Juri_Uluots, lk 49
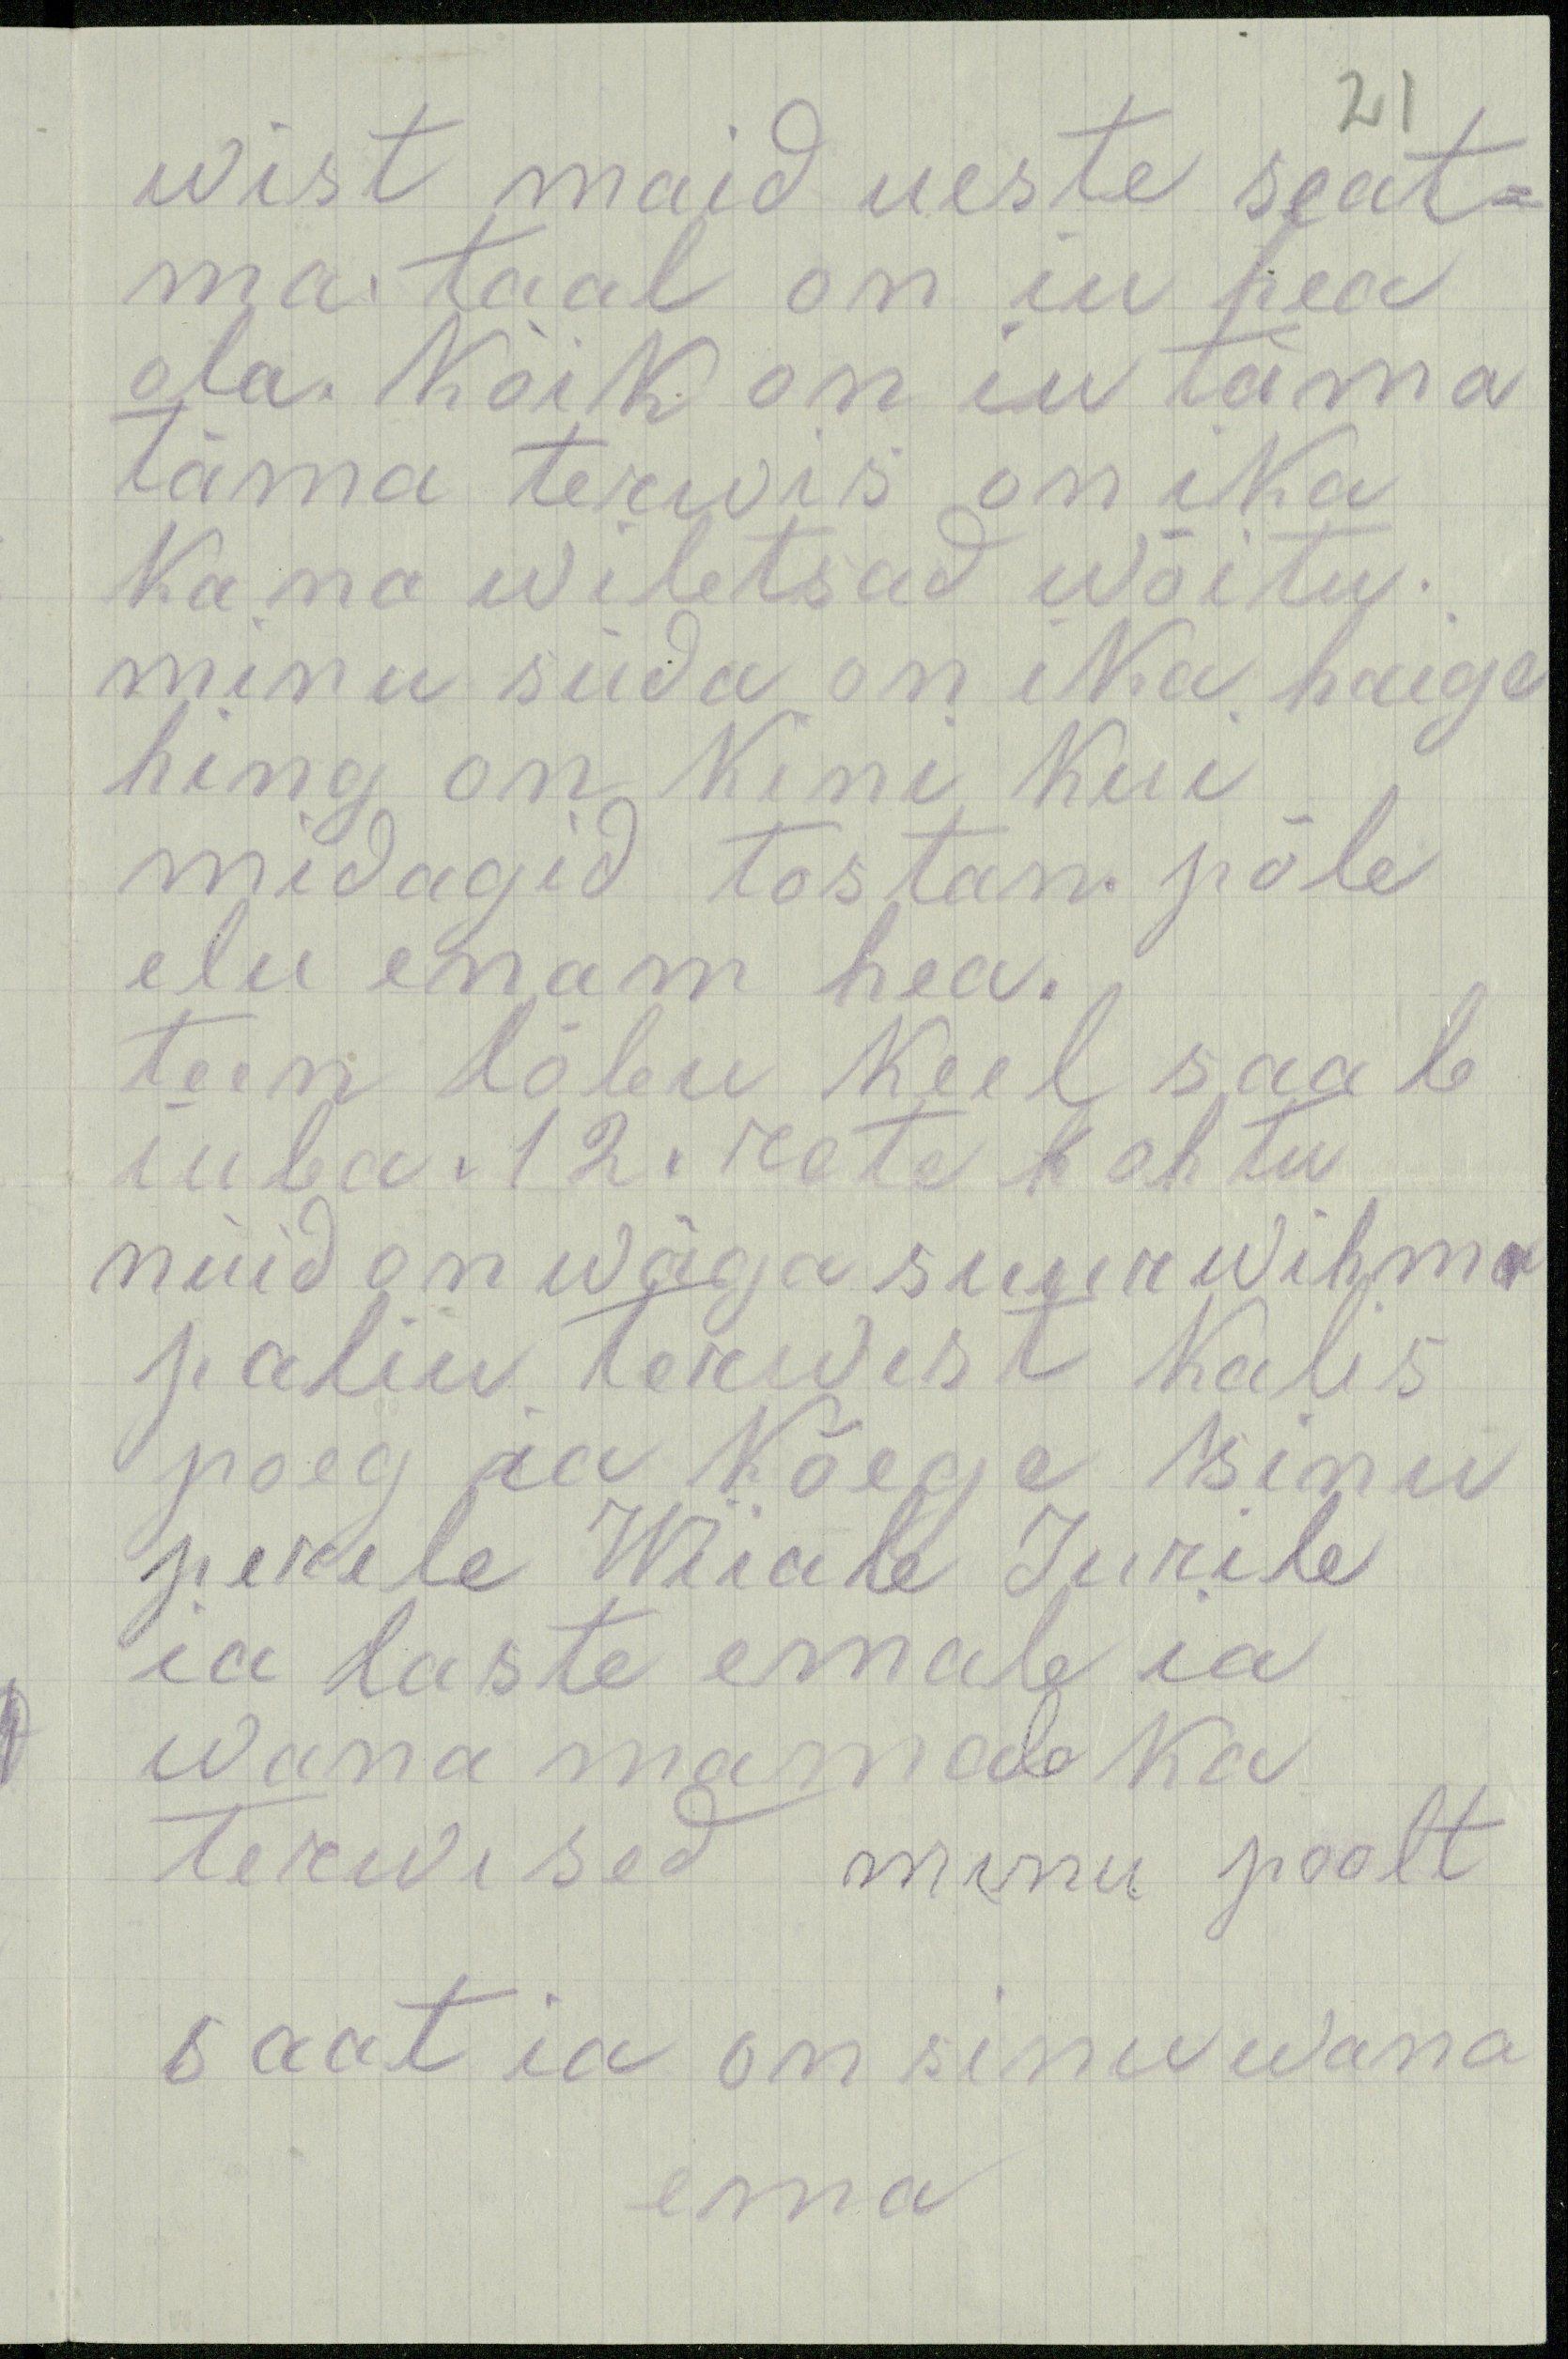
21
wist maid ueste seat-
ma. taal on iu hea
ola. Kõik on iu täma
täma terwis on ika
ka na wiletsad wõitu.
minu süda on ika haige
hing on kini kui
midagid tostan. põle
elu enam hea.
teen lõbu keel saab
iuba. 12. rete kohtu
nüid on wäga suur wihma
paliu terwist kalis
poeg ia kõege sinu
perele Wiiale Jurile
ia laste emale ia
wana mamale ka
terwised minu poolt
saat ia on sinu wana
ema